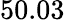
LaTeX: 50.03